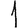
Digit: 1